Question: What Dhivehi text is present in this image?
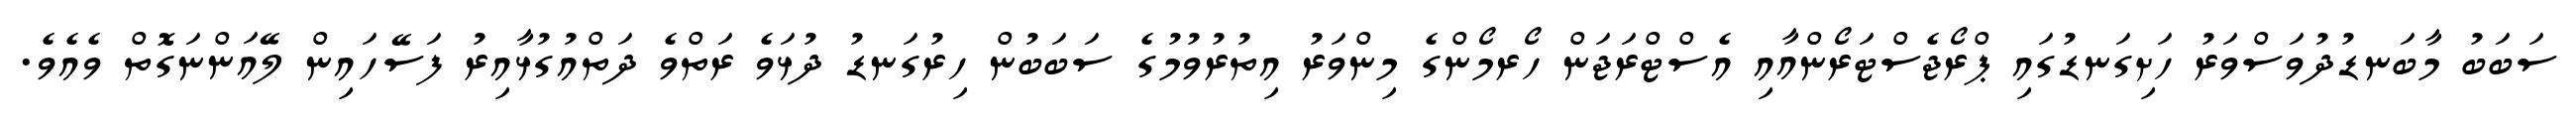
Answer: ސަބަބު މާބަނޑުދުވަސްވަރު ހަށިގަނޑުގައި ޕްރޯޖެސްޓަރޯންއާއި އެސްޓްރަޖަން ހޯރމޯންގެ މިންވަރު އިތުރުވުމުގެ ސަބަބުން ހިރުގަނޑު ދުޅަވެ ރަތްވެ ދަތްއުގުޅާއިރު ފަސޭހައިން ލޭއަންނަގޮތް ވެއެވެ.